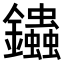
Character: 𨰍